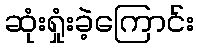
ဆုံးရှုံးခဲ့ကြောင်း